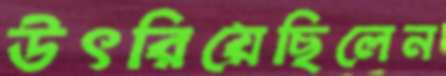
উৎরিয়েছিলেন